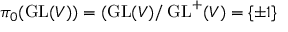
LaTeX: \pi _ { 0 } ( \operatorname { G L } ( V ) ) = ( \operatorname { G L } ( V ) / \operatorname { G L } ^ { + } ( V ) = \{ \pm 1 \}